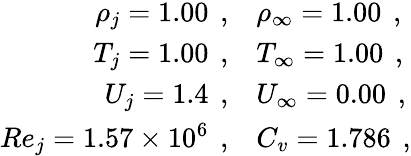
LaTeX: \begin{array}{rl}{\rho_{j}=1.00\, \mathrm{~,}}&{\rho_{\infty}=1.00\, \mathrm{~,}}\\ {T_{j}=1.00\, \mathrm{~,}}&{T_{\infty}=1.00\, \mathrm{~,}}\\ {U_{j}=1.4\, \mathrm{~,}}&{U_{\infty}=0.00\, \mathrm{~,}}\\ {Re_{j}=1.57\times 10^{6}\, \mathrm{~,}}&{C_{v}=1.786\, \mathrm{~,}}\end{array}